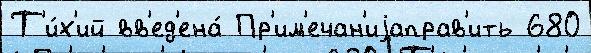
Т'и́х'ий вв'ед'ена́ Пр'им'ечан'иjаправ'ить 680